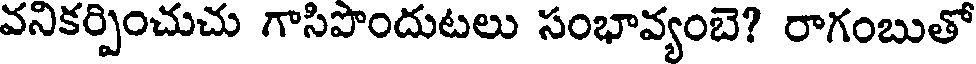
వనికర్పించుచు గాసిపొందుటలు సంభావ్యంబె? రాగంబుతో